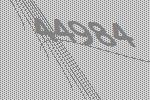
44984